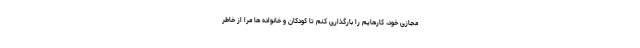
مجازی خود، کارهایم را بارگذاری کنم تا کودکان و خانواده ها مرا از خاطر